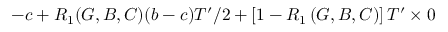
- c + R _ { 1 } ( G , B , C ) ( b - c ) T ^ { \prime } / 2 + \left[ 1 - R _ { 1 } \left( G , B , C \right) \right] T ^ { \prime } \times 0